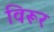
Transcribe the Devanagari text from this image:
विरूर